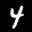
Label: 4